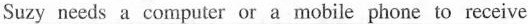
Suzy needs a computer or a mobile phone to receive